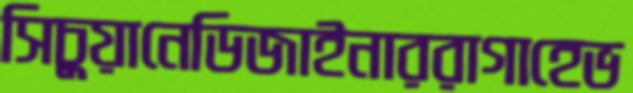
সিচুয়ানেডিজাইনাররাগাহেভ